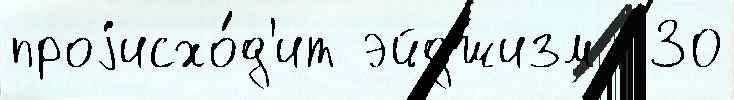
проjисхо́д'ит эйджизм  30